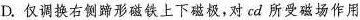
D.仅调换右侧蹄形磁铁上下磁极，对cd所受磁场作用